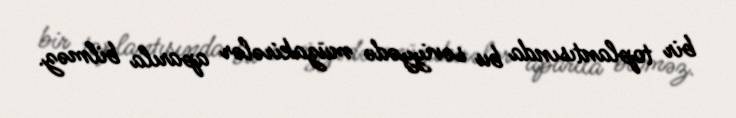
bir toplantısında bu səviyyədə müzakirələr aparıla bilməz.